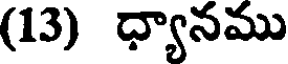
(13) ధ్యానము